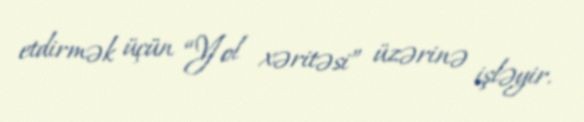
etdirmək üçün “Yol xəritəsi” üzərinə işləyir.